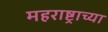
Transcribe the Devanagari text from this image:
महराष्ट्राच्या